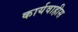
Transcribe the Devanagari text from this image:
कार्यवाहीस